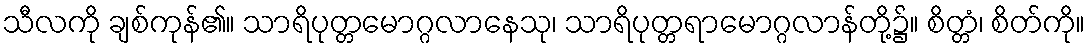
သီလကို ချစ်ကုန်၏။ သာရိပုတ္တမောဂ္ဂလာနေသု၊ သာရိပုတ္တရာမောဂ္ဂလာန်တို့၌။ စိတ္တံ၊ စိတ်ကို။